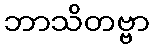
ဘာသိတဗ္ဗာ